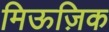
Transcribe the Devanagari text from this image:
मिऊज़िक